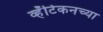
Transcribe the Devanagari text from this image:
व्हॅटिकनच्या